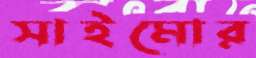
সাইমোর